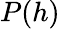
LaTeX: P(h)